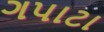
ગપાટા